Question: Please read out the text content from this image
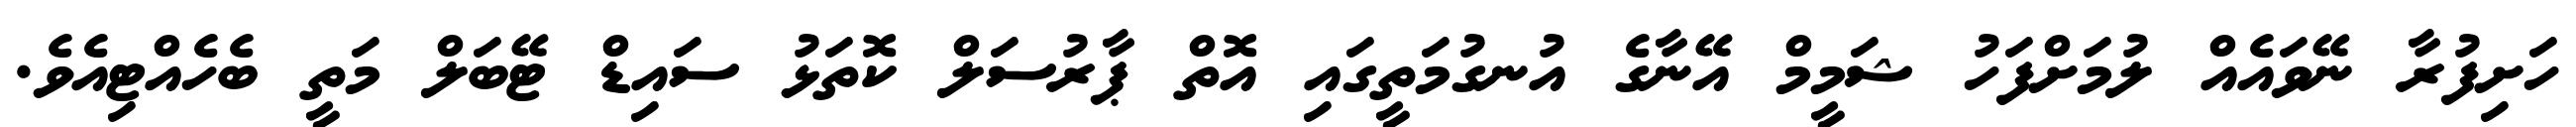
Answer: ހަށިފުރާ ނޭވައެއް ލުމަށްފަހު ޝަމީމް އޭނާގެ އުނގުމަތީގައި އޮތް ޕާރުސަލް ކޮތަޅު ސައިޑް ޓޭބަލް މަތީ ބެހެއްޓިއެވެ.